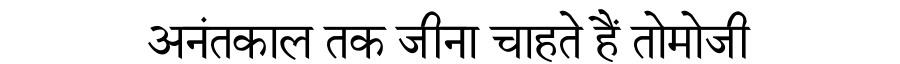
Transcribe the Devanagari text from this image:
अनंतकाल तक जीना चाहते हैं तोमोजी